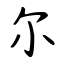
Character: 尔